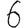
Digit: 6